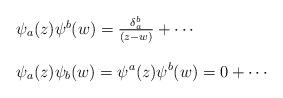
LaTeX: \begin{align*}\begin{array}{l}\psi_{a}(z) \psi^{b}(w) = \frac{\delta_{a}^{b}}{(z-w)} + \cdots \\\ \\\psi_{a}(z) \psi_{b}(w) = \psi^{a}(z) \psi^{b}(w) = 0 + \cdots\end{array}\end{align*}